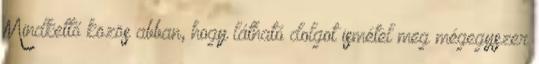
Mindkettő közös abban, hogy látható dolgot ismétel meg mégegyszer